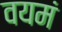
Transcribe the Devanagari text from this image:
वयमं